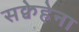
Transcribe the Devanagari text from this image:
सक्वेहेना